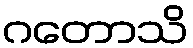
ဂတောသိ